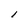
Character: 1